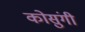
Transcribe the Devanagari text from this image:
कोसुंगी